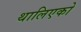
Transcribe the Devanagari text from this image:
थालिएको